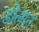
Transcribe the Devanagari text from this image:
डोलान